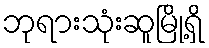
ဘုရားသုံးဆူမြို့ရှိ